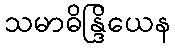
သမာဓိန္ဒြိယေန